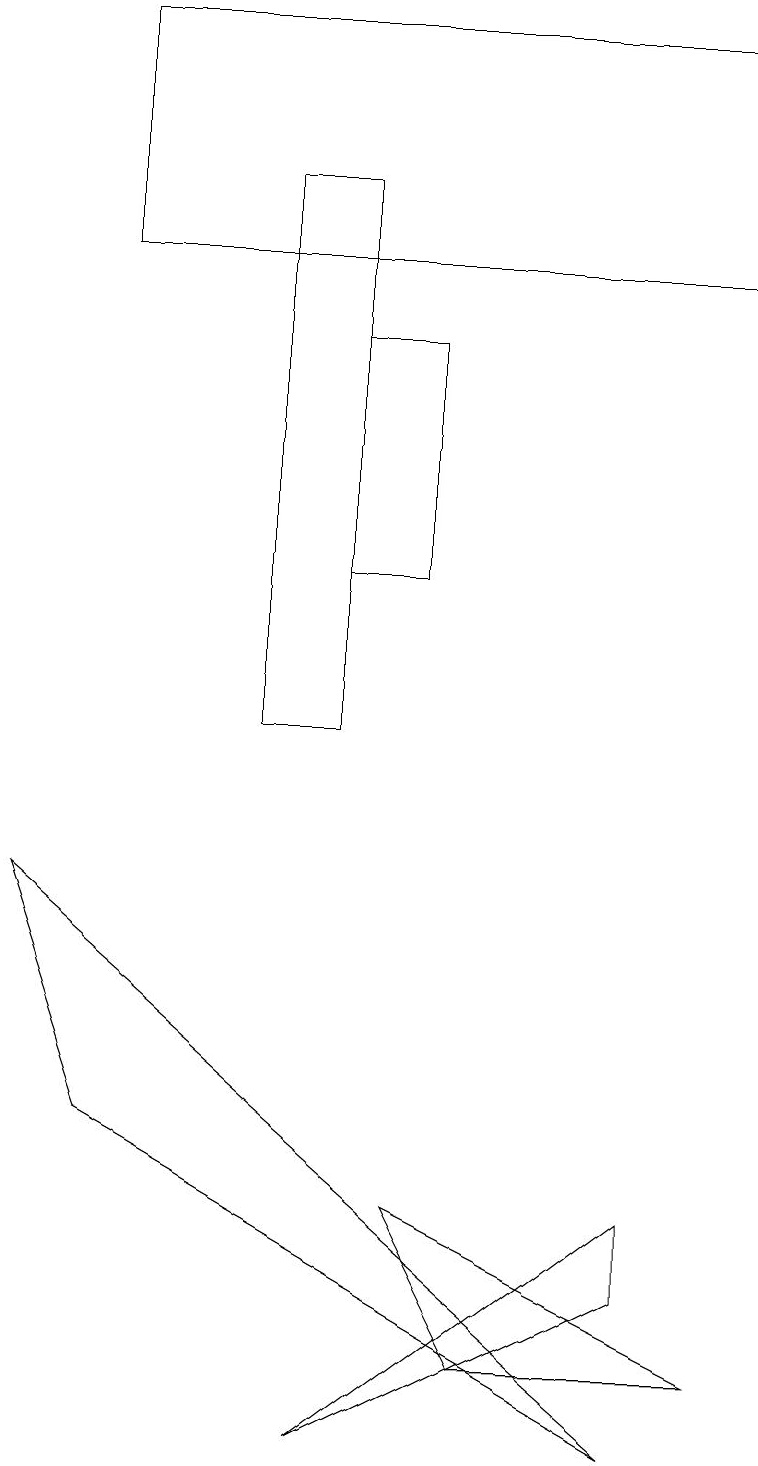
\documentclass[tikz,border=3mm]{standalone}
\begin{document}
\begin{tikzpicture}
\draw (3,10) rectangle (4,17);
\draw (9,19) rectangle (1,16);
\draw (1,5) -- (8,1) -- (0,8) -- cycle;
\draw (6,2) -- (5,4) -- (9,2) -- cycle;
\draw (8,4) -- (8,3) -- (4,1) -- cycle;
\draw (4,15) rectangle (5,12);
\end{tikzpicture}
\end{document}